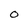
Character: 0